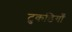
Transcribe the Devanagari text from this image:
टुकडियाँ